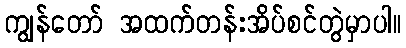
ကျွန်တော် အထက်တန်းအိပ်စင်တွဲမှာပါ။